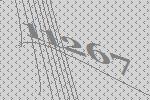
11267